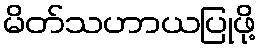
မိတ်သဟာယပြုဖို့